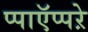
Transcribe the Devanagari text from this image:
प्पाऍप्पऱे